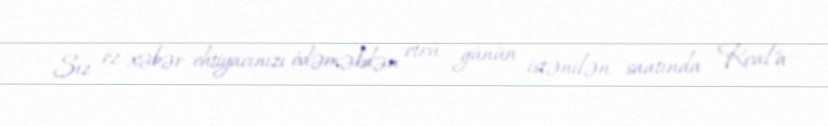
Siz öz xəbər ehtiyacınızı ödəməkdən ötrü günün istənilən saatında "Real"a